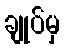
ချုပ်မှ